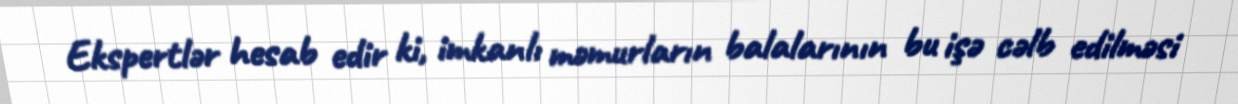
Ekspertlər hesab edir ki, imkanlı məmurların balalarının bu işə cəlb edilməsi